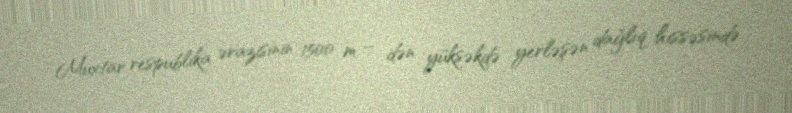
Muxtar respublika ərazisinin 1500 m – dən yüksəkdə yerləşən dağlıq hissəsində